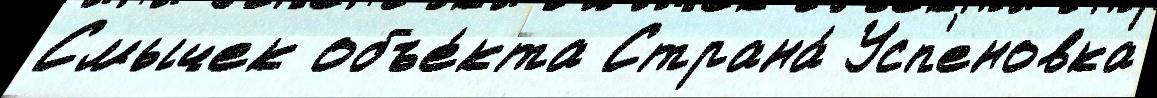
Смычек объе́кта Страна́ Усп'еновка